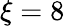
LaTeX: \xi=8